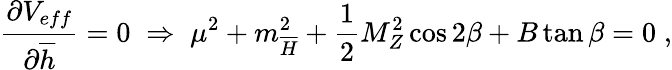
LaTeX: \frac{\partial V_{eff}}{\partial\overline{{{h}}}}=0\; \Rightarrow\; \mu^{2}+m_{\overline{{{H}}}}^{2}+\frac{1}{2}M_{Z}^{2}\cos 2\beta+B\tan\beta=0\; ,